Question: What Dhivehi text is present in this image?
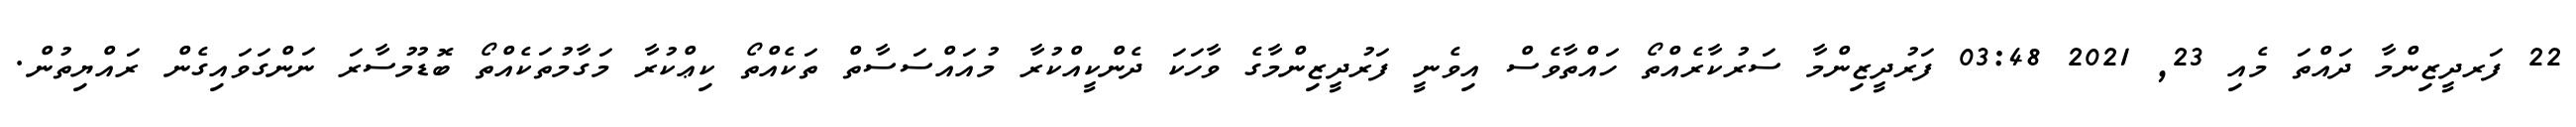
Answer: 22 ފަރދީޒިންމާ ދައްތަ މެއި 23, 2021 03:48 ފަރުދީޒިންމާ ސަރުކާރެއްތޯ ހައްތާވެސް އިވެނީ ފަރުދީޒިންމާގެ ވާހަކަ ދެންކީއްކުރާ މުއައްސަސާތް ތަކެއްތޯ ކިޢްކުރާ މަގާމުތަކެއްތޯ ބޮޑުމުސާރަ ނަންގަވައިގެން ރައްޔިތުން.